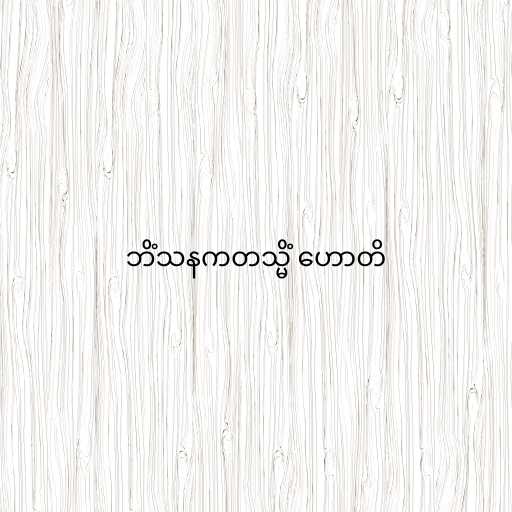
ဘိံသနကတသ္မိံ ဟောတိ